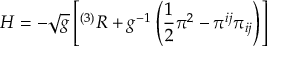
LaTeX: H = - { \sqrt { g } } \left[ ^ { ( 3 ) } R + g ^ { - 1 } \left( { \frac { 1 } { 2 } } \pi ^ { 2 } - \pi ^ { i j } \pi _ { i j } \right) \right]